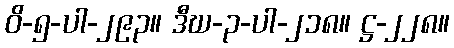
ဝိ-၅-ပါ-၂၉၃။ ဒီဃ-၃-ပါ-၂၁၈။ ဋ္ဌ-၂၂၈။